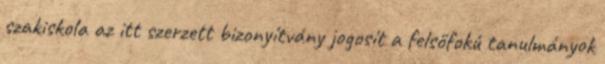
szakiskola az itt szerzett bizonyítvány jogosít a felsőfokú tanulmányok